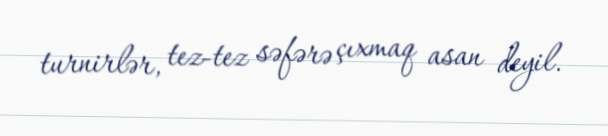
turnirlər, tez-tez səfərə çıxmaq asan deyil.